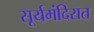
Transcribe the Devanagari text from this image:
सूर्यमंदिरात